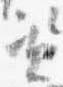
資